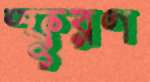
স্ফূরণ